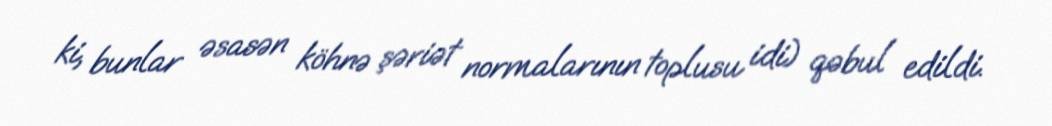
ki, bunlar əsasən köhnə şəriət normalarının toplusu idi) qəbul edildi.